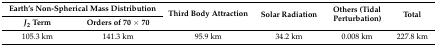
| <COLSPAN=2> Earth’s Non-Spherical Mass Distribution | <ROWSPAN=2> Third Body Attraction | <ROWSPAN=2> Solar Radiation | <ROWSPAN=2> Others (Tidal Perturbation) | <ROWSPAN=2> Total |
 | J2 Term | Orders of 70 × 70 |
 | --- | --- | --- | --- | --- | --- |
 | 105.3 km | 141.3 km | 95.9 km | 34.2 km | 0.008 km | 227.8 km |